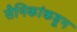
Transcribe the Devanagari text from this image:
सैनिकांकडून